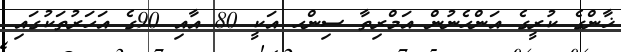
ޚާންގެ ކުރީގެ އަންހެނުން އަމްރިތާ ސިންހ އަކީ 80 އާއި 90ގެ އަހަރުތަކުގައި